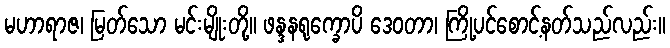
မဟာရာဇ၊ မြတ်သော မင်းမျိုးတို့။ ဖန္ဒနရုက္ခောပိ ဒေဝတာ၊ ကြို့ပင်စောင့်နတ်သည်လည်း။